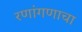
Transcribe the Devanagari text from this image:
रणांगणाचा